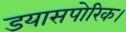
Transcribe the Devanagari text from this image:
डयासपोरिक।